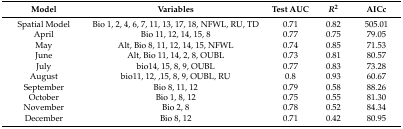
<table><thead><tr><td><b>Model</b></td><td><b>Variables</b></td><td><b>Test AUC</b></td><td><b><i>R</i><sup>2</sup></b></td><td><b>AICc</b></td></tr></thead><tbody><tr><td>Spatial Model</td><td>Bio 1, 2, 4, 6, 7, 11, 13, 17, 18, NFWL, RU, TD</td><td>0.71</td><td>0.82</td><td>505.01</td></tr><tr><td>April</td><td>Bio 11, 12, 14, 15, 8</td><td>0.77</td><td>0.75</td><td>79.05</td></tr><tr><td>May</td><td>Alt, Bio 8, 11, 12, 14, 15, NFWL</td><td>0.74</td><td>0.85</td><td>71.53</td></tr><tr><td>June</td><td>Alt, Bio 11, 14, 2, 8, OUBL</td><td>0.73</td><td>0.81</td><td>80.57</td></tr><tr><td>July</td><td>bio14, 15, 8, 9, OUBL</td><td>0.77</td><td>0.83</td><td>73.28</td></tr><tr><td>August</td><td>bio11, 12, ,15, 8, 9, OUBL, RU</td><td>0.8</td><td>0.93</td><td>60.67</td></tr><tr><td>September</td><td>Bio 8, 11, 12</td><td>0.79</td><td>0.58</td><td>88.26</td></tr><tr><td>October</td><td>Bio 1, 8, 12</td><td>0.75</td><td>0.55</td><td>81.30</td></tr><tr><td>November</td><td>Bio 2, 8</td><td>0.78</td><td>0.52</td><td>84.34</td></tr><tr><td>December</td><td>Bio 8, 12</td><td>0.71</td><td>0.42</td><td>80.95</td></tr></tbody></table>